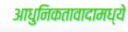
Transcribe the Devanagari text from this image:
आधुनिकतावादामध्ये